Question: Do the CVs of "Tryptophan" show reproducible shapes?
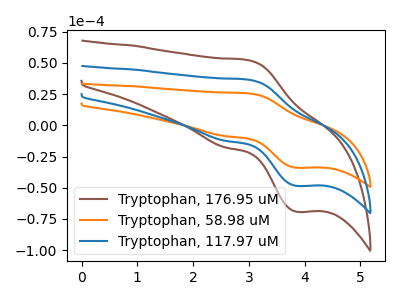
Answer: <think>The brown curve "Tryptophan, 176.95 uM" has an anodic peak at (3.00V, 73.10uA) and a cathodic peak at (3.85V, -97.00uA). The orange curve "Tryptophan, 58.98 uM" has an anodic peak at (3.00V, 25.60uA) and a cathodic peak at (3.85V, -33.95uA). The blue curve "Tryptophan, 117.97 uM" has an anodic peak at (3.00V, 36.55uA) and a cathodic peak at (3.85V, -48.50uA).
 All the peaks in "Tryptophan, 176.95 uM" have a peak in "Tryptophan, 58.98 uM" at the same potential. Every peak in "Tryptophan, 176.95 uM" is higher than every peak in "Tryptophan, 58.98 uM". All the peaks in "Tryptophan, 176.95 uM" have a peak in "Tryptophan, 117.97 uM" at the same potential. Every peak in "Tryptophan, 176.95 uM" is higher than every peak in "Tryptophan, 117.97 uM". All the peaks in "Tryptophan, 58.98 uM" have a peak in "Tryptophan, 117.97 uM" at the same potential. Every peak in "Tryptophan, 58.98 uM" is lower than every peak in "Tryptophan, 117.97 uM".</think>
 <answer>All the CV's of "Tryptophan" have similar shape.</answer>
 <eval>follow_rule</eval>